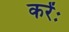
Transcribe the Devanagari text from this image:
करेंः